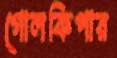
গোলকিপার